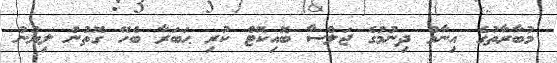
މުބާރާތުގެ އިނާމް ދިނުމުގެ ޖަލްސާ ބޮއިކޮޓް ކުރި ޙަބަރާ ބެހޭ ގޮތުން ލިޔުނު